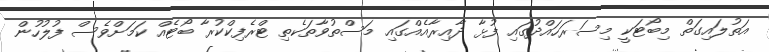
އަތުލައިގަތް މިބޯޓަކީ މިސަރަހައްދުގައި ފުޅާ ދާއިރާއެއްގައި މަސްތުވާތަކެތި ޓްރެފިކްކުރާ ބޯޓެއް ކަމަށްވެސް ފުލުހުން